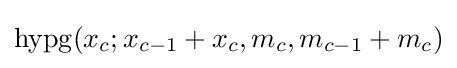
\operatorname {hypg} (x_{c};x_{c-1}+x_{c},m_{c},m_{c-1}+m_{c})